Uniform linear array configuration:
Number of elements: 24
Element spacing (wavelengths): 1
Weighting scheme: exponential
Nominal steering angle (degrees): -15
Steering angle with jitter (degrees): -16.625
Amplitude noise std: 0.05
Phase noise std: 0.05

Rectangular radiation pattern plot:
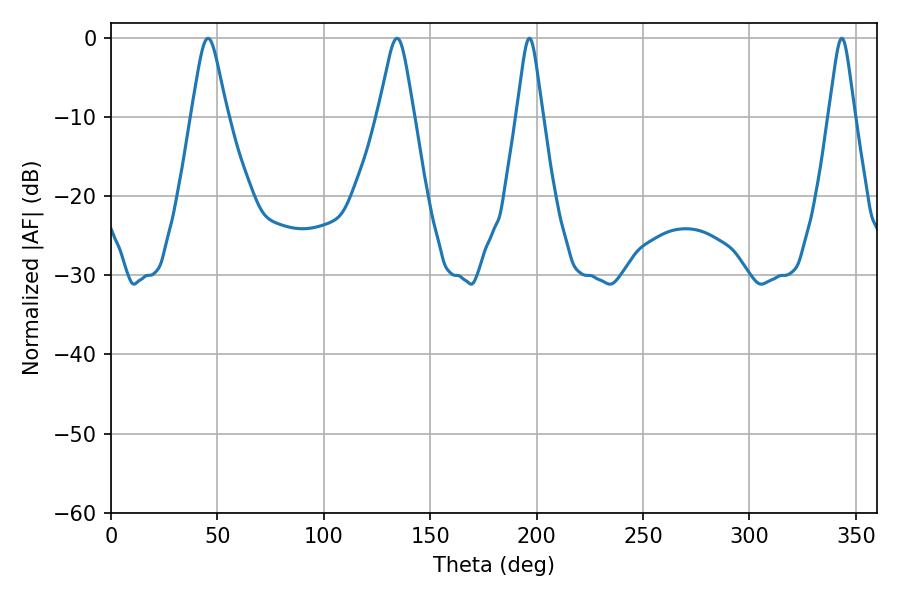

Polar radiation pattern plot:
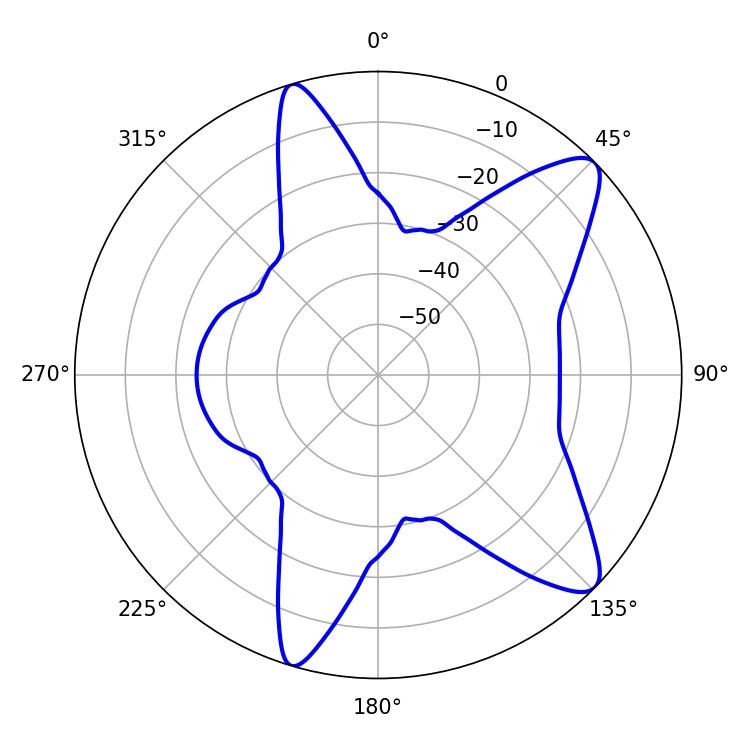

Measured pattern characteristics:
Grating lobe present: TRUE
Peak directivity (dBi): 10.522
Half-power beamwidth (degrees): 8.1
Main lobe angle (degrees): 45.54